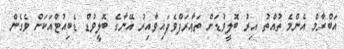
އަބްރާމް އެންމެ ތުއްތު އިރު ބޮލީވުޑަށް ތަޢާރަފްވެފައިވާއިރު އޭނާގެ ބޮލީވުޑް ޑެބިއުޓްއަކަށް ވެގެން